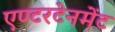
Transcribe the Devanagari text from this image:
एण्टरटेनमेंट